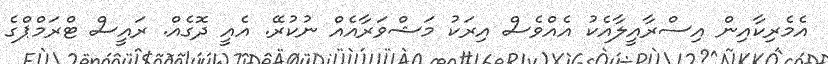
އެމެރިކާއިން އިސްރާއީލާއެކު އެއްވެސް އިރަކު މަޝްވަރާއެއް ނުކުރޭ. އެއީ ދޮގެއް. ރައީސް ޓްރަމްޕްގެ